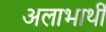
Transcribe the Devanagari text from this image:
अलाभार्थी